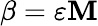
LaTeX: \beta=\varepsilon\mathbf{M}